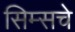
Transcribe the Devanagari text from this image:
सिम्सचे